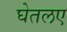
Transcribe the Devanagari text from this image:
घेतलए